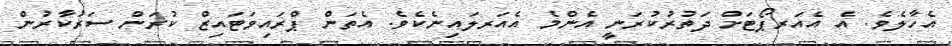
އެހާލެވެ. އެ އެއަރޕޯޓަށް ދަތުރުކުރަނީ އެންމެ އެއަރލައިނެކެވެ. އެތަން ޕްރައިވަޓައިޒް ކުރަން ސަރުކާރުން